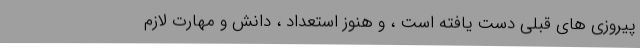
پیروزی های قبلی دست یافته است ، و هنوز استعداد ، دانش و مهارت لازم